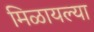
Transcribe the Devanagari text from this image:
मिळायल्या